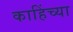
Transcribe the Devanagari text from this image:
काहिंच्या